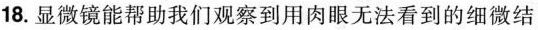
18.显微镜能帮助我们观察到用肉眼无法看到的细微结